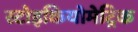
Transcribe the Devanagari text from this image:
स्टोइकियोमेट्रिक